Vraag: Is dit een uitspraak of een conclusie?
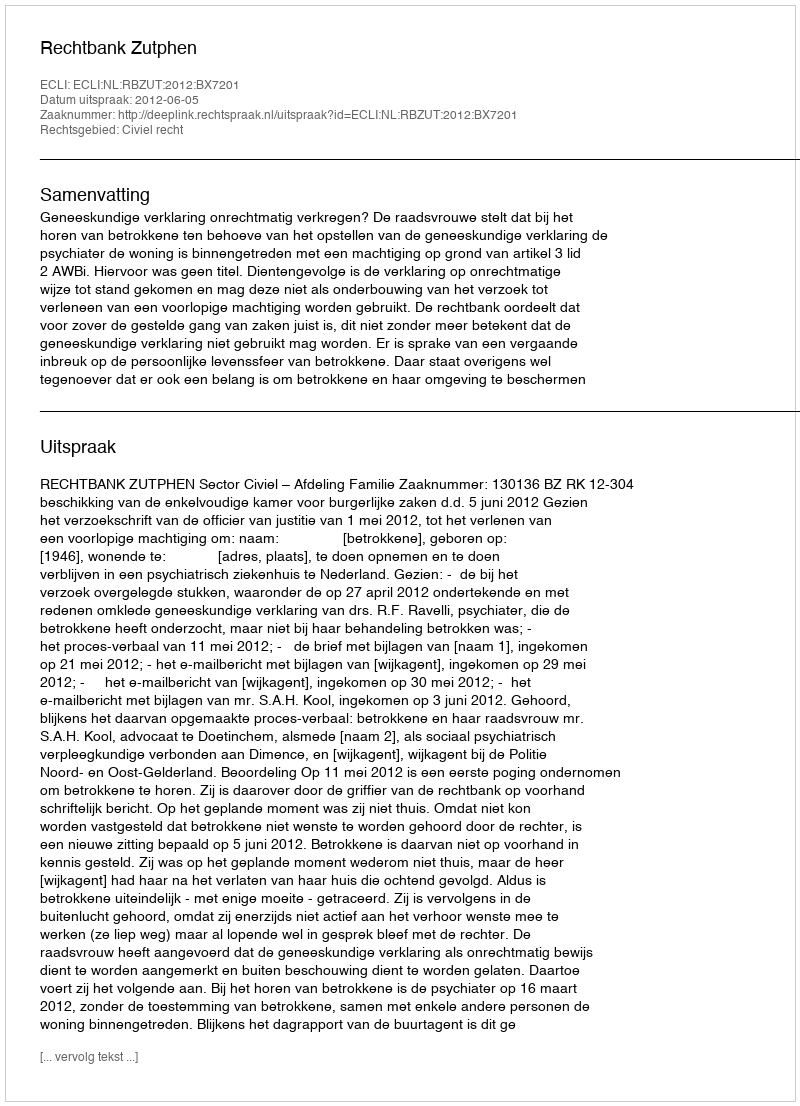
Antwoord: Uitspraak